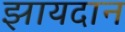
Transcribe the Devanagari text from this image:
झायदान